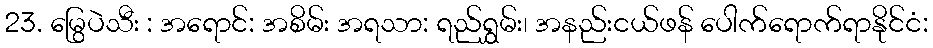
23. မြွေပဲသီး : အရောင်: အစိမ်း အရသာ: ရည်ရွှမ်း၊ အနည်းငယ်ဖန် ပေါက်ရောက်ရာနိုင်ငံ: